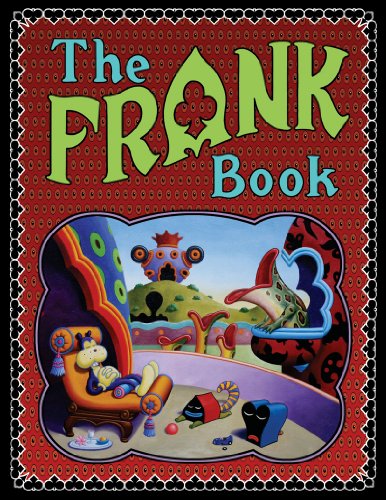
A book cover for The Frank Book; Jim Woodring; Comics & Graphic Novels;